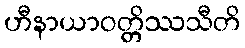
ဟီနာယာဝတ္တိဿသီတိ